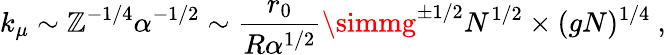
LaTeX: k_{\mu}\sim\mathbb{Z}^{-1/4}\alpha^{-1/2}\sim\frac{{r_{0}}}{{R\alpha^{1/2}}}\simmg^{\pm1/2}N^{1/2}\times(gN)^{1/4}\ ,